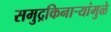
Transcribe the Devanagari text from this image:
समुद्रकिनार्‍यांमुळे